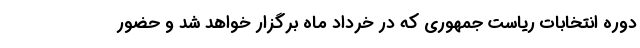
دوره انتخابات ریاست جمهوری که در خرداد ماه برگزار خواهد شد و حضور